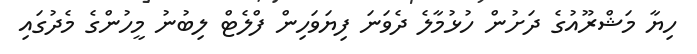
ހިޔާ މަޝްރޫއުގެ ދަށުން ހުޅުމާލެ ދެވަނަ ފިޔަވަހިން ފްލެޓް ލިބުނު މީހުންގެ މެދުގައި